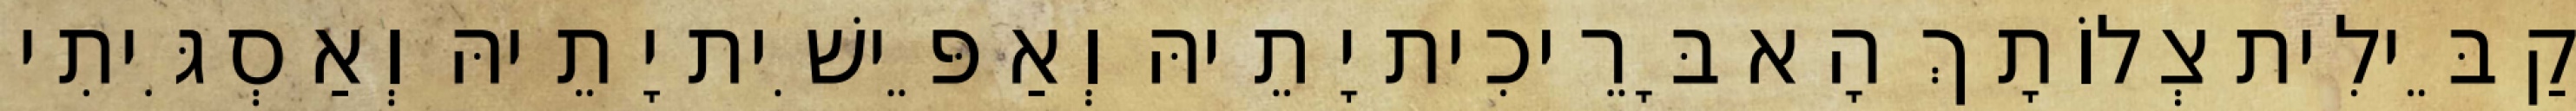
קַבֵּילִית צְלוֹתָךְ הָא בָּרֵיכִית יָתֵיהּ וְאַפֵּישִׁית יָתֵיהּ וְאַסְגִּיתִי